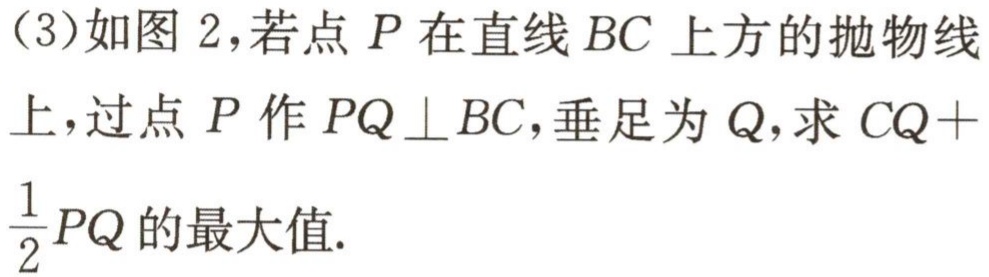
(3)如图 2，若点 \(P\) 在直线 \(BC\) 上方的抛物线上，过点 \(P\) 作 \(PQ\perp BC\)，垂足为 \(Q\)，求 \(CQ +\frac{1}{2}PQ\) 的最大值.